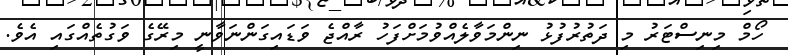
ހޯމް މިނިސްޓަރު މި ދަތުރުފުޅު ނިންމަވާލެއްވުމަށްފަހު ރާއްޖެ ވަޑައިގަންނަވާނީ މިރޭގެ ވަގުތެއްގައި އެވެ.